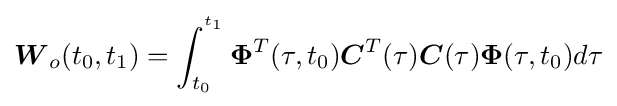
{\boldsymbol {W}}_{o}(t_{0},t_{1})=\int _{t_{0}}^{^{t_{1}}}{\boldsymbol {\Phi }}^{T}(\tau ,t_{0}){\boldsymbol {C}}^{T}(\tau ){\boldsymbol {C}}(\tau ){\boldsymbol {\Phi }}(\tau ,t_{0})d\tau